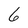
Character: 6